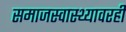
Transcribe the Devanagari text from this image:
समाजस्वास्थ्यावरही